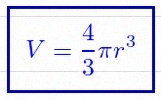
V=\frac43\pi r^3